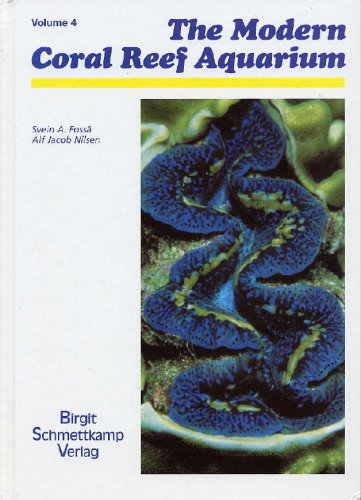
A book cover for The Modern Coral Reef Aquarium, Volume 4 (v. 4); Svein A. Fossa; Crafts, Hobbies & Home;